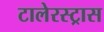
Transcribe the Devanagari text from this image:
टालेरस्ट्रास